Lunatic asylums in Bengal annual reports 1899-1911 - 1899-1911
Year: 1899
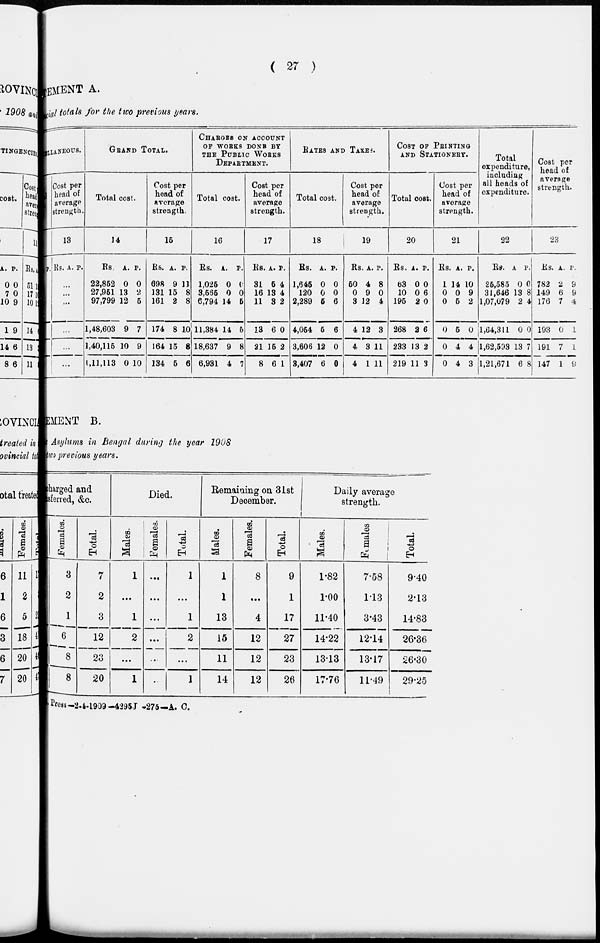
( 27 )
STATEMENT
Provincial t o t a l s for the two previous years.
MISCELLANEOUS
P.
Cost per
head of
Average
strength.
13
Rs. A. P.
...
...
...
...
...
...
GRAND TOTAL.
Total cost.
14
Rs
22,852
27,951
97,799
1,48,603
1,40,115
1,11,113
A.
0
13
12
9
10
0
P.
0
2
5
7
9
10
Cost per
head of
Average
strength.
15
Rs.
698
131
161
174
164
134
A.
9
15
2
8
15
5
P.
11
8
8
10
8
6
CHARGES ON ACCOUNT
OF WORKS DONE BY
THE PUBLIC WORKS
DEPARTMENT.
Total cost.
16
Rs.
1,025
3,565
6,794
11,384
18,637
6,931
A.
0
0
14
14
9
4
P.
0
0
5
5
8
7
Cost per
head of
average
strength.
17
Rs.
31
16
11
13
21
8
A.
5
13
3
6
15
6
P.
4
4
2
0
2
1
RATES AND TAXES.
Total cost.
18
Rs.
1,645
120
2,289
4,054
3,606
3,407
A.
0
0
5
5
12
6
P.
0
0
6
6
0
0
Cost per
head of
average
strength.
19
Rs
50
0
3
4
4
4
A.
4
9
12
12
3
1
P.
8
0
4
3
11
11
COST OF PRINTING
AND STATIONERY.
Total cost.
20
Rs.
63
10
195
268
233
219
A.
0
0
2
2
13
11
P.
0
6
0
6
2
3
Cost per
head of
average
strength.
21
Rs.
1
0
0
0
0
0
A.
14
0
5
5
4
4
P.
10
9
2
0
4
3
Total
expenditure,
including
all heads of
expenditure.
22
Rs.
25,585
31,646
1,07,079
1,64,311
1,62,593
1,21,671
A
0
13
2
0
13
6
P.
0
8
4
0
7
8
Cost per
head of
average
strength.
23
Rs.
782
149
176
193
191
147
A.
2
6
7
0
7
1
P.
9
9
4
1
1
9
STATEMENT
B.
Asylums in Bengal during the year 1908
two previous years.
Charged and
Transferred, &c.
Females.
3
2
1
6
8
8
Total.
7
2
3
12
23
20
Died.
Males.
1
...
1
2
...
1
Females.
...
...
...
...
...
...
Total.
1
...
1
2
...
1
Remaining on 31st
December.
Males.
1
1
13
15
11
14
Females.
8
...
4
12
12
12
Total.
9
1
17
27
23
26
Daily average
strength.
Males.
1.82
1.00
11.40
14.22
13.13
17.76
Females
7.58
1.13
3.43
12.14
13.17
11.49
Total.
9.40
2.13
14.83
26.36
26.30
29.25
Press—2-4-1909—4295J-275—A. C.